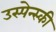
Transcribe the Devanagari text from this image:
उस्पेन्स्की